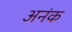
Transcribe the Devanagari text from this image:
अनंक